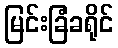
မြင်းခြံခရိုင်